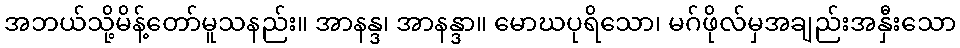
အဘယ်သို့မိန့်တော်မူသနည်း။ အာနန္ဒ၊ အာနန္ဒာ။ မောဃပုရိသော၊ မဂ်ဖိုလ်မှအချည်းအနှီးသော